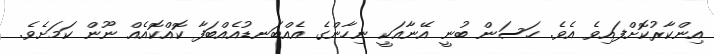
އިންކާރުކޮށްފައިވެ އެވެ. ހަސަން ބުނީ އޭނާއަކީ ނިހާންގެ އެއްބަނޑުއެއްބަފާ ކޮއްކޮއެއް ނޫން ކަމަށެވެ.